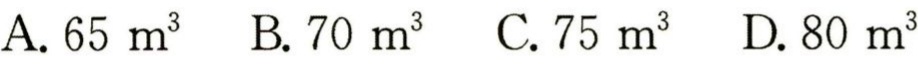
A. \(65\ m^{3}\)  B. \(70\ m^{3}\)  C. \(75\ m^{3}\)  D. \(80\ m^{3}\)